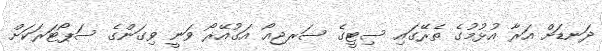
ދަނޑަށް އަރާ އުޅުމުގެ ތެރޭގައި ސިޓީގެ ސަރޖިއޯ އަގުއޭރޯ ވަނީ ވިގަންގެ ސަޕޯޓަރަކަށް